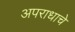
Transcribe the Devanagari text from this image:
अपराधाचे